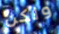
ولكن